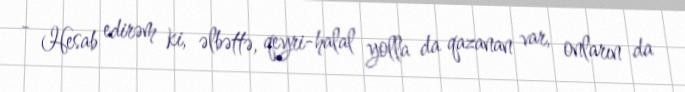
- Hesab edirəm ki, əlbəttə, qeyri-halal yolla da qazanan var, onların da